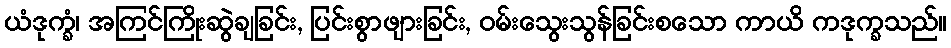
ယံဒုက္ခံ၊ အကြင်ကြိုးဆွဲချခြင်း, ပြင်းစွာဖျားခြင်း, ဝမ်းသွေးသွန်ခြင်းစသော ကာယိ ကဒုက္ခသည်။